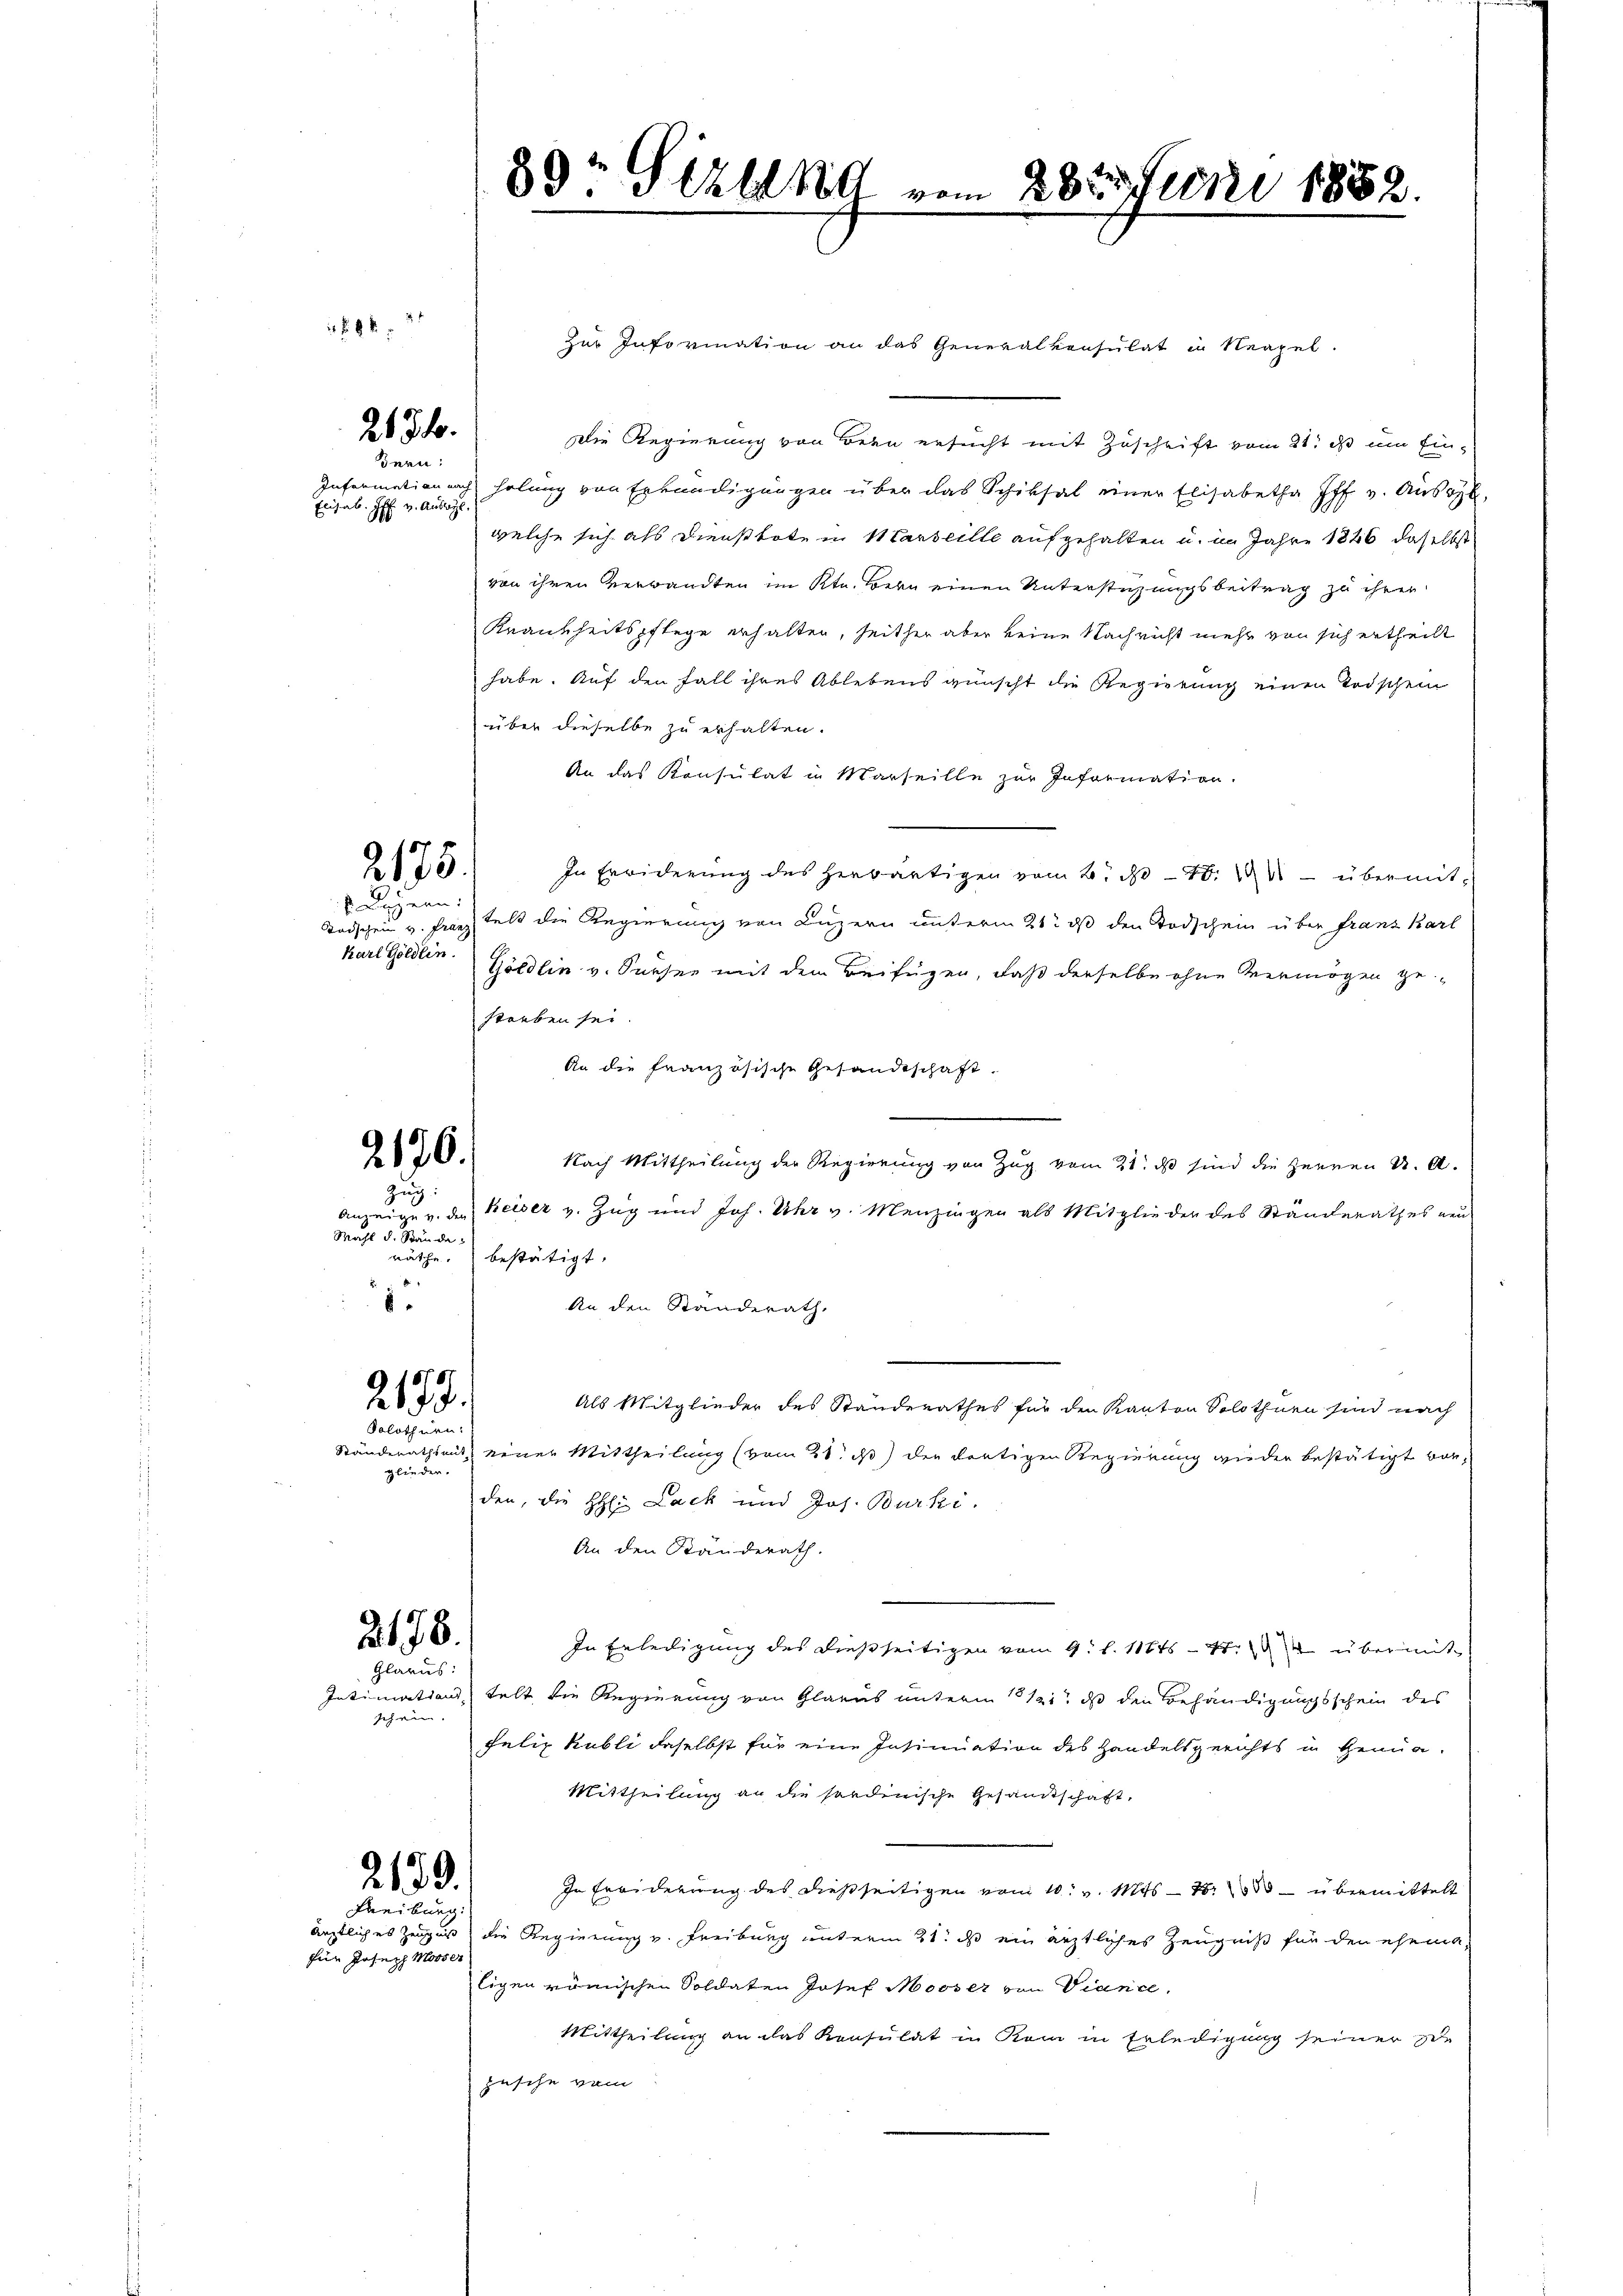
2136.
Bern:

Elisab. H. v. Auslag

84 2

2175.
v. Luzern:

Todschein v. Franz
Karl Göldlin.

2176.
Zug:

Mahl d. Stände:
1

2173.
Solothurn.

glieder.

2178.

Glarus:
schen.

Zur Information an das Generalkonsulat in Neapel.
Die Regierung von Bern ersucht mit Zuschrift vom 21. ds um Ein¬
Information nach holung von Erkundigungen über das Schiksal einer Elisabetha Iff v. Ausgl
welche sich als Dienstbote in Marseille aufgehalten u. im Jahre 1846 daselbst
von ihren Verwandten im Kt. Bern einen Unterstüzungsbeitrag zu ihrer
Krankheitspflege erhalten, seither aber keine Nachricht mehr von sich ertheilt
habe. Auf den Fall ihres Ablebens wünscht die Regierung einen Todschein
über dieselbe zu erhalten.
An das Konsulat in Marseille zur Information.
In Erwiderung des herwärtigen vom 2. No 48. 24 - übermittelt die Regierung von Luzern unterm 21. ds den Todschein über franz Karl
Göldlin v. Sursee mit dem Beifügen, daß derselbe ohne Vermögen gestorben sei.
An die französische Gesandtschaft.
Nach Mittheilung der Regierung von Zug vom 21. ds sind die Herren K. A.
Anzeige v. den Keiser v. Zug und Joh. Uhr v. Menzingen als Mitglieder des Ständerathes neu
räthe bestätigt,
An den Standerath,
Als Mitglieder des Standerathes für den Kanton Solothurn sind nach
Ständerathsaus neuer Mittheilung (vom 21. d) der dortigen Regierung wieder bestätigt berden, die H: Lack und Jos. Burki.
An den Ständerath.
In Erledigung des dießseitigen vom 9. l. 11845 - 4. übermit
Intimations, telt die Regierung von Glarus unterm 12. ds den Behändigungsschein des
Felix Kubli daselbst für eine Insinuation des Handelsgerichts in Genua¬
Mittheilung an die sonderische Gesandtschaft,
In Erwiderung des dießseitigen vom 10. v. Mts. — N. 283 — übermittelt
ärztliches Zeugnis die Regierung v. Freiburg unterm 21. ds ein ärztliches Zeugniß für den ehemaligen römischen Soldaten Josef Mooser von Viance.
Mittheilung an das Konsulat in Rom in Erledigung seiner sch
pesche vom

2139.
Freiburg

für Joseph Moser

89t Schland vom 282. Juni 1882.